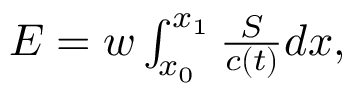
\begin{array} { r } { E = w \int _ { x _ { 0 } } ^ { x _ { 1 } } \frac { S } { c ( t ) } d x , } \end{array}